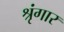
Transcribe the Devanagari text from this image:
श्रृंंगार